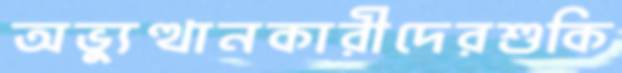
অভ্যুত্থানকারীদেরশুকি